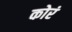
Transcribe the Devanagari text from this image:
कोरं